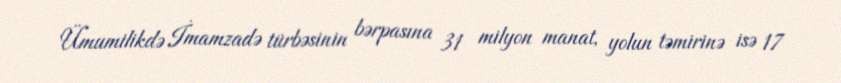
Ümumilikdə İmamzadə türbəsinin bərpasına 31 milyon manat, yolun təmirinə isə 17